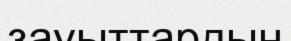
зауыттардың